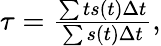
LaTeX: \begin{array}{r}{\tau=\frac{\sum ts(t)\Delta t}{\sum s(t)\Delta t},}\end{array}